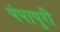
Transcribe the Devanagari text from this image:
पंपापुरी